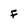
Character: F